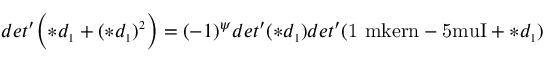
d e t ^ { \prime } \Bigl ( \ast d _ { \scriptscriptstyle 1 } + ( \ast d _ { \scriptscriptstyle 1 } ) ^ { \scriptscriptstyle 2 } \Bigr ) = ( - 1 ) ^ { \psi } d e t ^ { \prime } ( \ast d _ { \scriptscriptstyle 1 } ) d e t ^ { \prime } ( \mathrm { 1 \ m k e r n - 5 m u I } + \ast d _ { \scriptscriptstyle 1 } )